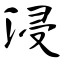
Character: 浸